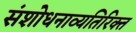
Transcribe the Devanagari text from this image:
संशोधनाव्यतिरिक्त